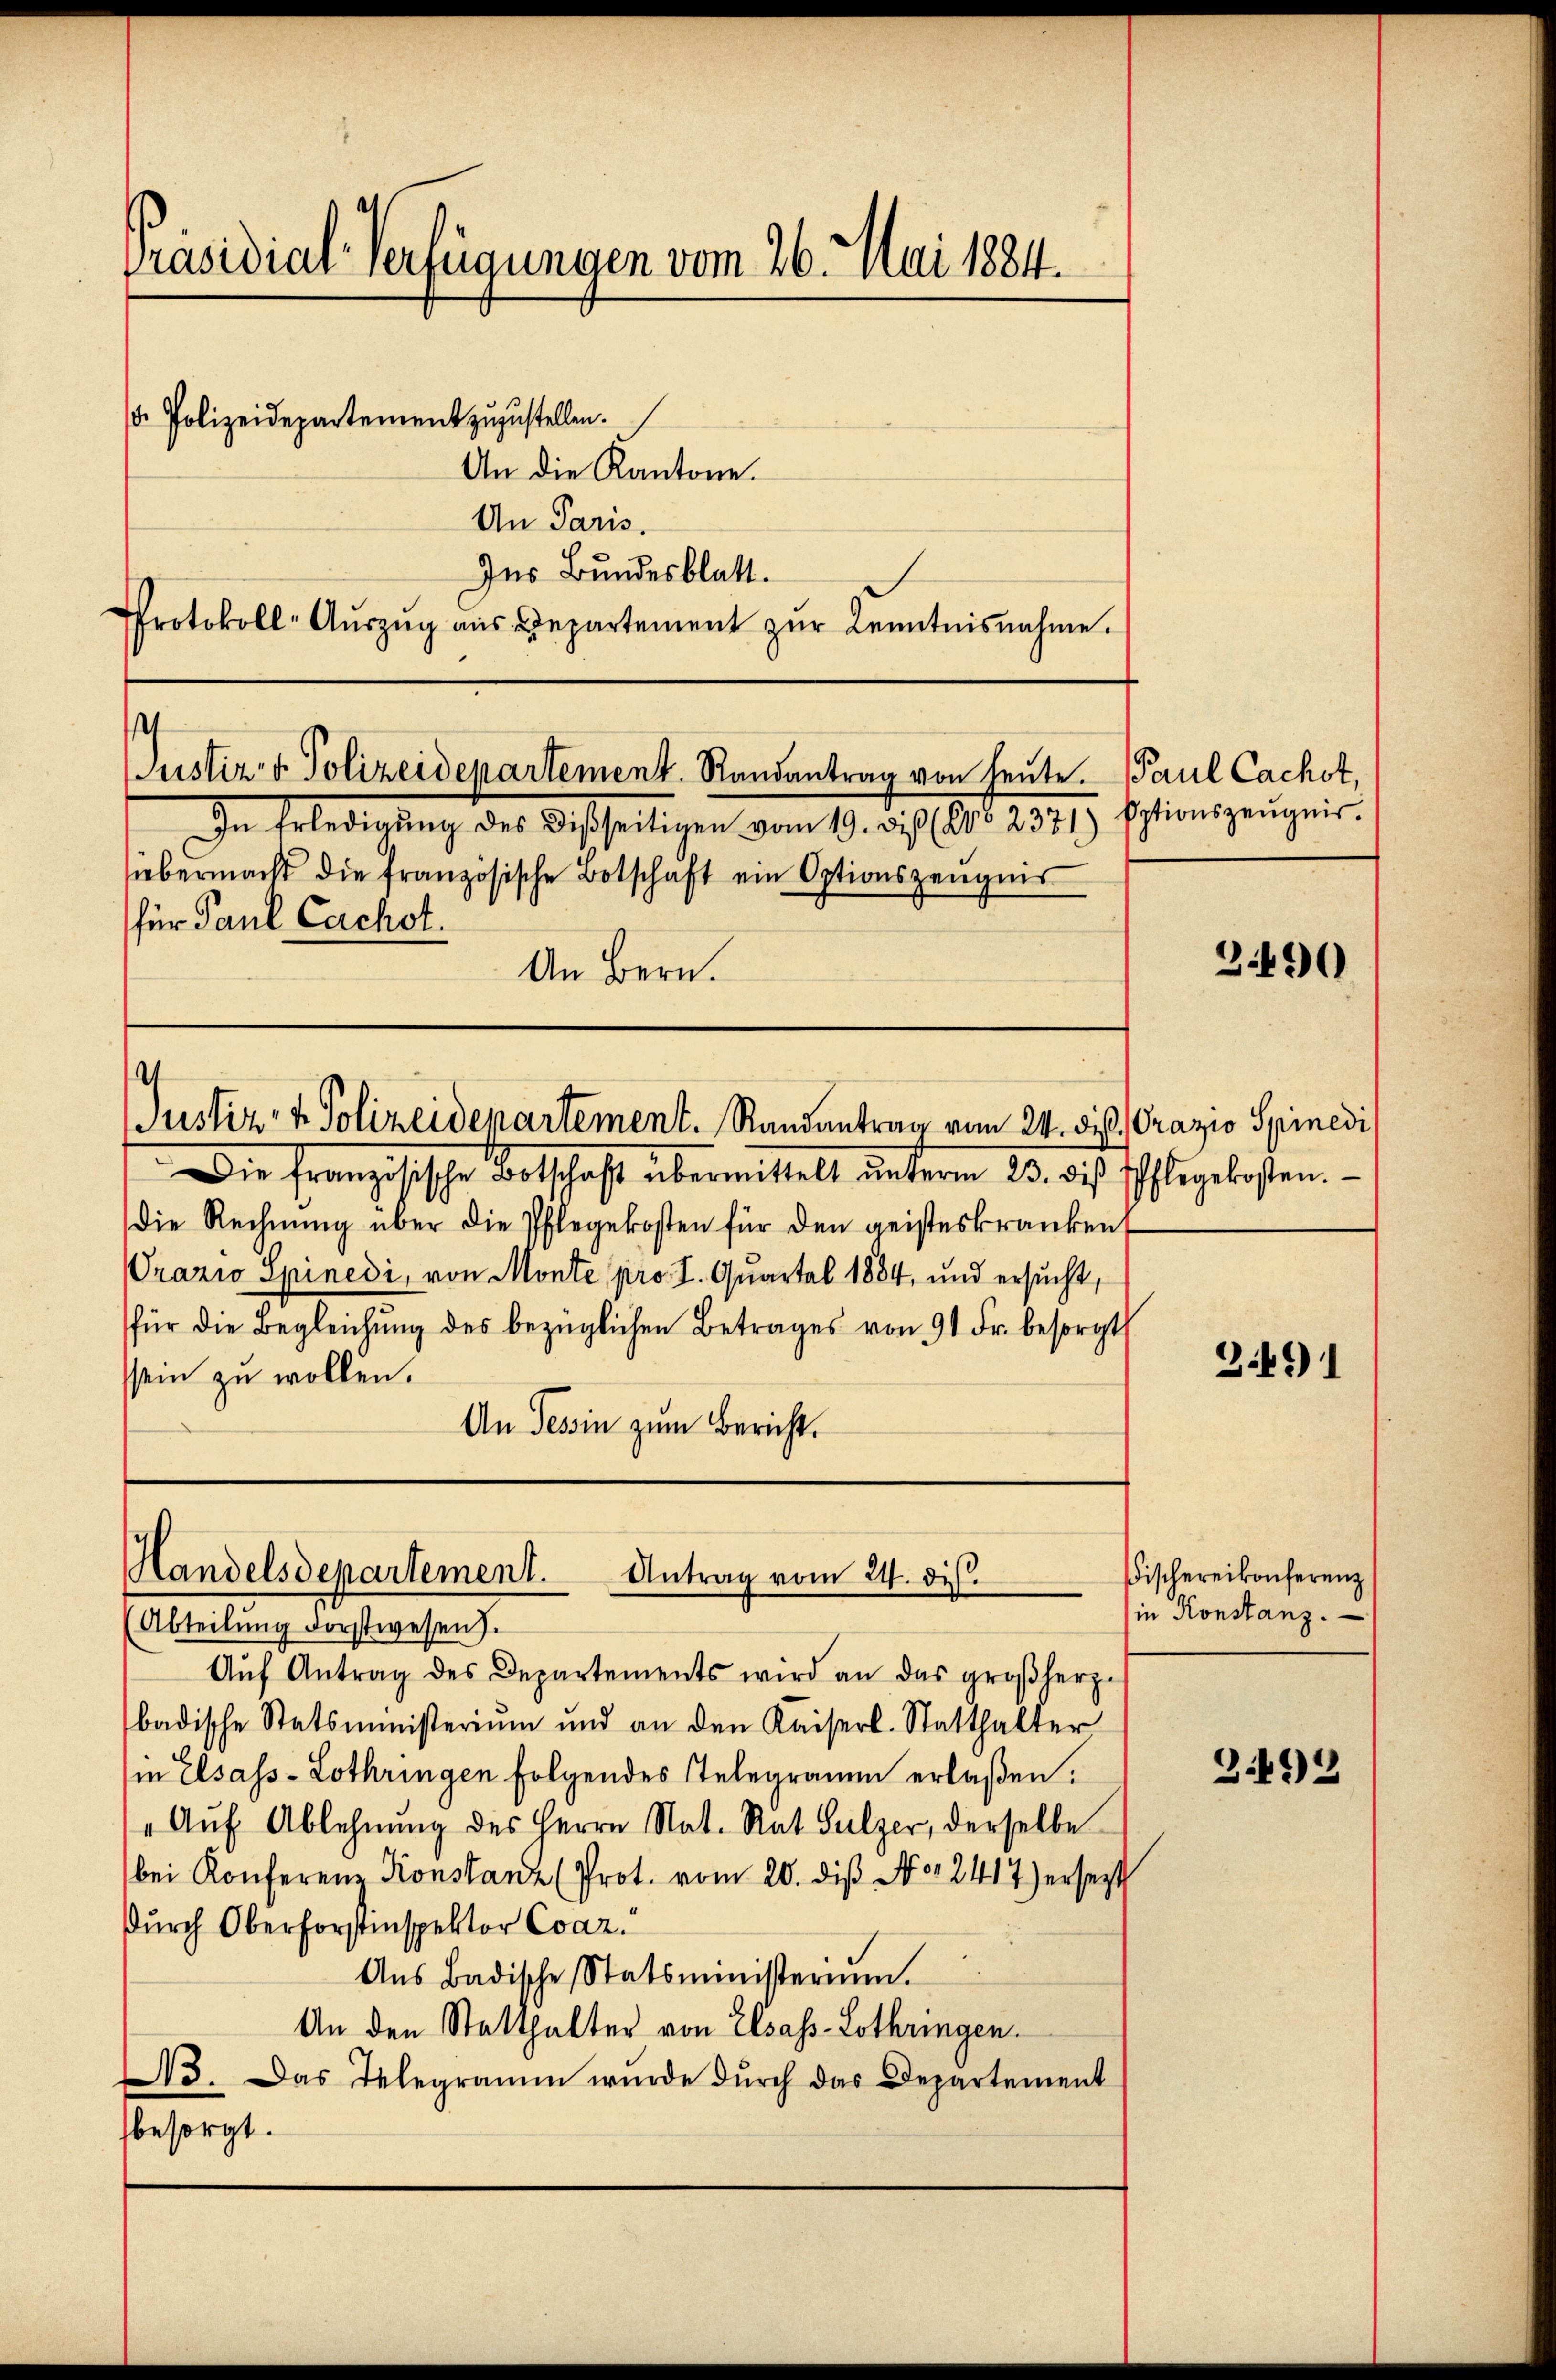
Präsidial-Verfügungen vom 26. Mai 1884.

. Polizeidepartement zuzustellen.
An die Kantone.
An Paris.
Ins Bundesblatt.
Protokoll-Aŭszŭg aŭs Departement zŭr Kenntnisnahme.

Justiz- & Polizeidepartement. Randantrag von heute. Paul Cachst,

Handelsdepartement. Antrag vom 24. dis

In Erledigung des desseitigen vom 19. dis 206. 2371 Eptionszeŭgnis.
siebermacht die französische Botschaft ein Optionszeŭgnis
für Paul Cachot.
An Bern.
Justiz- & Polizeidepartement. Randantrag vom 24. dieß. Crazio Spinedi
Die Französische Botschaft übermittelt unterm 23. die Pflegekosten.
Die Rechnung über die Pflegekosten für den geisteskranken
Prazio Spinedi, von Monte pro I. Quartal 1884, und ersucht,
für die Begleichŭng des bezüglichen Betrages von 91 Fr. besorgt
ssein zu wollen.
An Tessin zum Bericht.

(Abteilŭng Forstwesen).
Aŭf Antrag des Departements wird an das großherz-
badische Statsministerium und an den Kaiserl-Statthalter
in Elsass-Lothringen folgendes Telegramm erlaßen.
„Auf Ablehnung des Herrn Nat. Rat Sulzer, derselbe
bei Konferenz Konstanz (Prot. vom 20. diβ N. 2417) ersetzt
durch Oberforstinspektor Coaz.
Ans Badische Statsministerium.
An den Statthalter von Elsass-Lothringen.
3. Das Telegramm würde dŭrch das Departement
besorgt.

390

3491

Fischereikonferenz
in Konstanz.

3.492